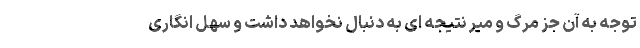
توجه به آن جز مرگ و میر نتیجه ای به دنبال نخواهد داشت و سهل انگاری